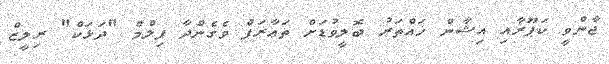
ޖާންވީ ކަޕޫރާއި އިޝާން ޚައްތަރު ބޮލީވުޑަށް ތަޢާރަފް ވެގެންދާ ފިލްމް "ދަޅަކް" ރިލީޒް